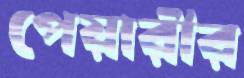
পেয়ারীর